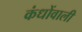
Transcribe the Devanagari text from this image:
कंधोंवाली